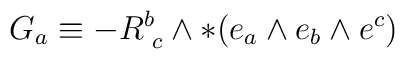
G_a \equiv- R^{b}_{\,\,c} \wedge *(e_a \wedge e_b \wedge e^c)